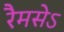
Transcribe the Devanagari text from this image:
रैमसेऽ